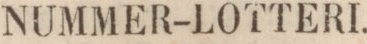
NUMMER-LOTTERI.